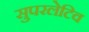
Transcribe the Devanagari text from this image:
सुपरलेटिव